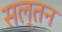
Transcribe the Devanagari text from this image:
सल्तन